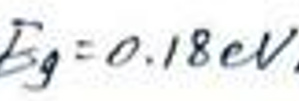
$E_{g}=0.18eV$